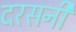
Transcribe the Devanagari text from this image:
दरसनी